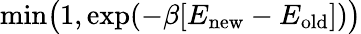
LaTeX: \textrm{min}\big(1,\exp(-\beta[E_{\textrm{new}}-E_{\textrm{old}}])\big)